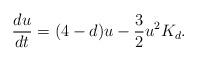
LaTeX: \begin{align*}\frac{du}{dt}=(4-d)u-\frac{3}{2}u^2K_d.\end{align*}